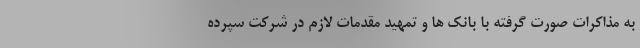
به مذاکرات صورت گرفته با بانک ها و تمهید مقدمات لازم در شرکت سپرده